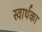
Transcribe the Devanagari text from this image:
स्वार्थका